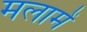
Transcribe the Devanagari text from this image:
मलामें